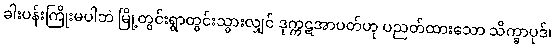
ခါးပန်းကြိုးမပါဘဲ မြို့တွင်းရွာတွင်းသွားလျှင် ဒုက္ကဋအာပတ်ဟု ပညတ်ထားသော သိက္ခာပုဒ်၊